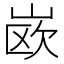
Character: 𰎦